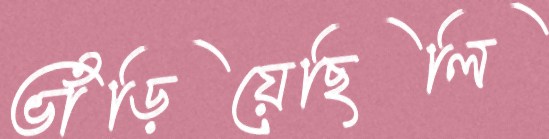
ভাঁড়িয়েছিলি